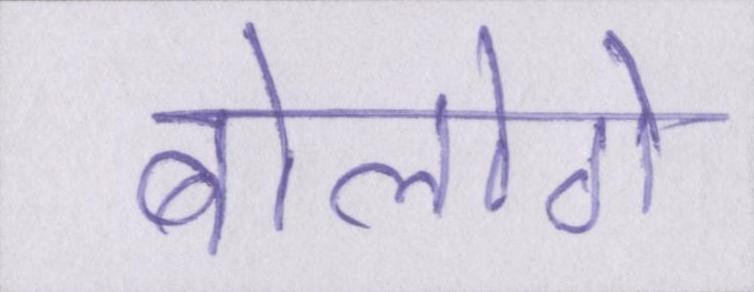
बोलोगे